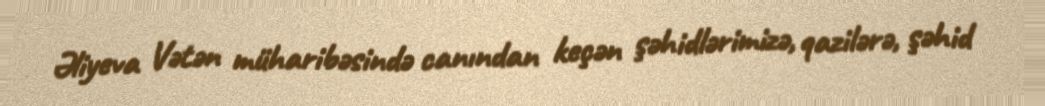
Əliyeva Vətən müharibəsində canından keçən şəhidlərimizə, qazilərə, şəhid